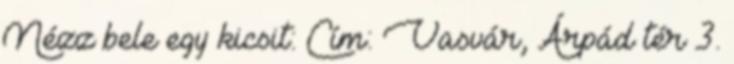
Nézz bele egy kicsit: Cím: Vasvár, Árpád tér 3.